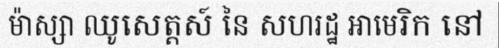
ម៉ាស្សា ឈូសេត្តស៍ នៃ សហរដ្ឋ អាមេរិក នៅ